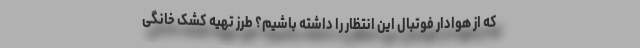
که از هوادار فوتبال این انتظار را داشته باشیم؟ طرز تهیه کشک خانگی